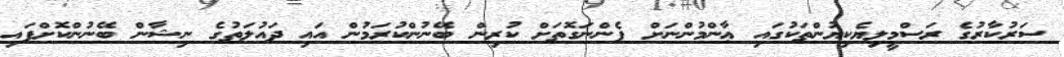
ސަރުކާރުގެ ރަސްމީލިޔެކިޔުންތަކުގައި ޢާންމުންނަށް ފެންނަގޮތަށް ކުރިން ބޭނުންކުރަމުން އައި ދައުލަތުގެ ނިޝާން ބޭނުންކޮށްފައި